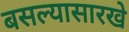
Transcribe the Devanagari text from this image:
बसल्यासारखे